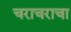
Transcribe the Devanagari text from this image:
चराचराचा